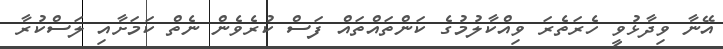
އޭނާ ވިދާޅުވީ ހެރަތެރަ ވިއްކާލުމުގެ ކަންތައްތައް ފަސް ކުރެވެން ނެތް ކަމަށާއި ލަސްކުރާ